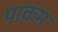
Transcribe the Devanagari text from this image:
पाकम